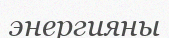
энергияны